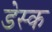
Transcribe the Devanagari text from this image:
डेस्‍क